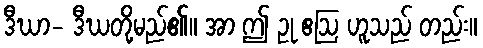
ဒီဃာ- ဒီဃတို့မည်၏။ အာ ဤ ဥု ဧဩ ဟူသည် တည်း။